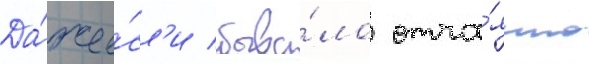
Да́же е́сл'и быва́ло отча́янно